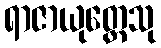
ရာဇာယုတ္တေသု